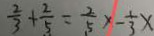
\frac { 2 } { 3 } + \frac { 2 } { 5 } = \frac { 2 } { 5 } x - \frac { 1 } { 3 } x